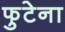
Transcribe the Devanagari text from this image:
फुटेना